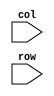
module main(col,row/*,HEX0,HEX1,HEX2,HEX3,HEX4,HEX5,HEX6,HEX7*/);
input[3:0] col;
input[3:0]row;
//GetRowAndCol(); //see which button has been pressed
//CheckTypeAndStore(row, col); //function that checks what button has been pressed if its an integer or an operation
					//if number make sure doesnt exceed 8 digits(maybe) and store digit store. No more than 8 digits can be stored at a time
					//allow indicator to see i a number is negatie need special case for detecting negative. 
					//Dont count negative as an operation if at beginning iof a number and after a previous opration has ben pressed
					//if operation store which operation has been pressed
					//store all digits after operator has been pressed in a second container
//if(row== && col==)
					//begin calculation after equal hass been pressed
					//to begin operation  go to the corresponding function to the operatiion
					//take the two numbers stored if bigger than 8 digits display nothing
					//add to numbers create case for negatives 
					//display numbers then clear
//DisplayAns();					//display sum
					
endmodule